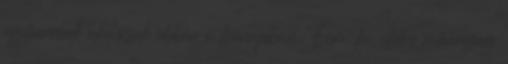
ugyancsak akciósak ebben a hónapban. Fém, fa, illetve műanyag